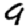
Digit: 9